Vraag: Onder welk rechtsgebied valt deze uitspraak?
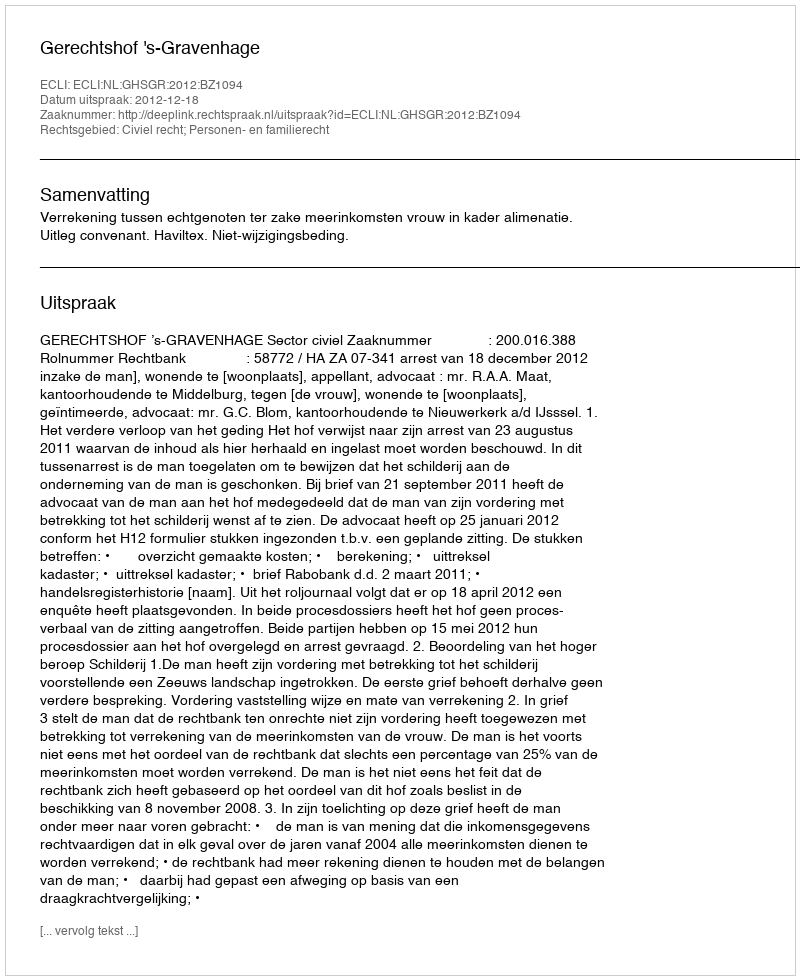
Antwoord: Civiel recht; Personen- en familierecht